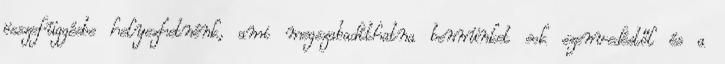
összefüggésbe helyezhetnénk, ami megszabadíthatna bennünket sok szenvedéstől és a